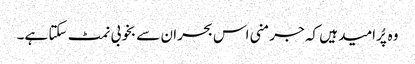
وہ پُرامید ہیں کہ جرمنی اس بحران سے بخوبی نمٹ سکتا ہے۔